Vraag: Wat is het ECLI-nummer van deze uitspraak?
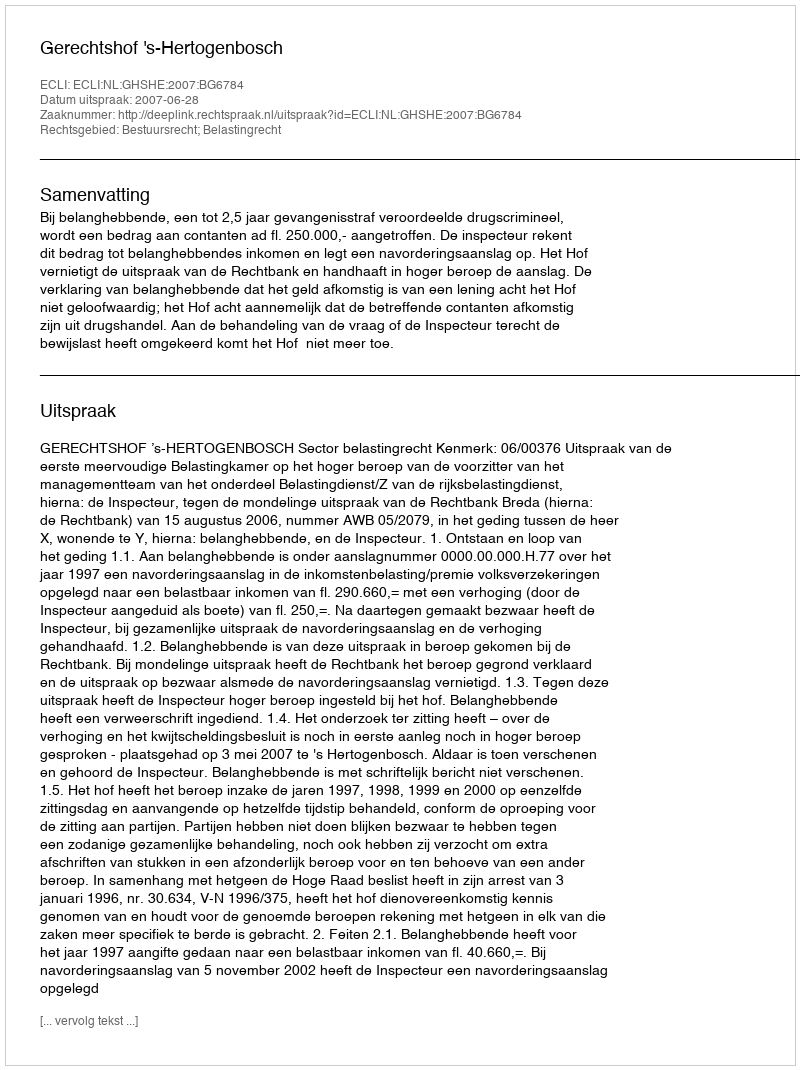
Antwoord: ECLI:NL:GHSHE:2007:BG6784